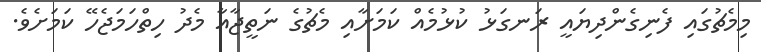
މިމެޗުގައި ފެނިގެންދިޔައީ ރަނގަޅު ކުޅުމެއް ކަމަށާއި މެޗުގެ ނަތީޖާއާ މެދު ހިތްހަމަޖެހޭ ކަމަށެވެ.